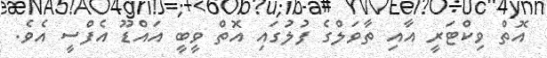
އޮތް ވިކްޓަރީ އާއި ތާވަލްގެ ފުލުގައި އޮތް ވީބީ އައްޑޫ އެފްސީ އެވެ.